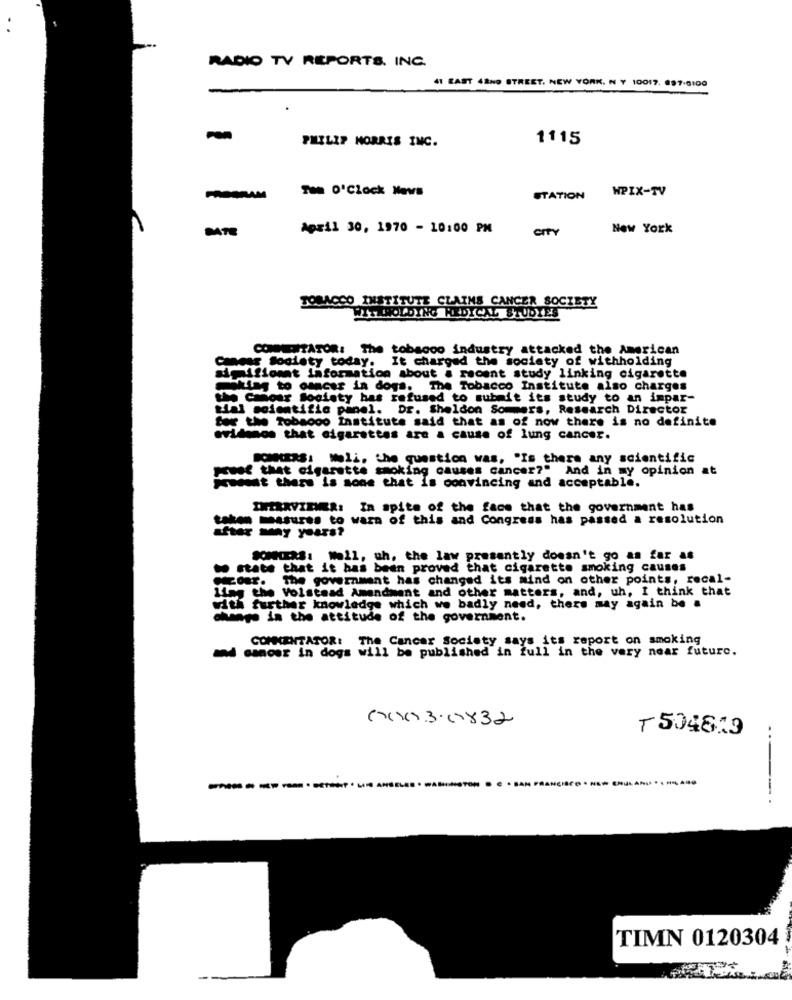
RADIO TV REPORTS. INC.
41 EAST 42ND STREET. NEW YORK. N Y 10017. 697-0100
PHILIP MORRIS INC.
1115
Tea O'Clock News
WPIX-TV
STATION
DATE
April 30, 1970 - 10:00 PM
CITY
New York
TOBACCO INSTITUTE CLAIMS CANCER SOCIETY
WITHHOLDING RADICAL STUDYES
COMENTATOR: The tobacco industry attacked the American
Cancer Society today. It charged the society of withholding
Imifiomat information about a recent study linking cigarette
miting to cancer in dogs. The Tobacco Institute also charges
the Cmour Society has refused to submit its study to an impar-
tial scientific panel. Dr. Sheldon Sommers, Research Director
for the Tobacco Institute said that as of now there is no definite
evidenon that cigarettes are a cause of lung cancer.
DONKERS: Woli, the question was, "Is there any scientific
proof that cigarette smoking causes cancer?" And in my opinion at
Prodest there is sone that is convincing and acceptable.
IHERRVIEWER: In spite of the face that the government has
taken masures to warn of this and Congress has passed a resolution
after many years?
SOMERS: Well, uh, the law presently doesn't go as far as
to state that it has been proved that cigarette smoking causes
CzosE. The government has changed its mind on other points, recal-
ling the Volstead Amendment and other matters, and, uh, I think that
with further knowledge which we badly need, there may again be a
change in the attitude of the government.
COMMENTATORI
The Cancer Society says its report on smoking
and cancer in dogs will be published in full in the very near future.
(xxx).3.1x32
₸504823
---------
TIMN 0120304